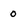
Character: 0